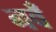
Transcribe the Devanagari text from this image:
नवँ